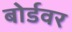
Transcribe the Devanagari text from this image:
बोर्डवर